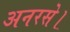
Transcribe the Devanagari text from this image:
अनरसे।